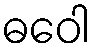
ဓဝေါ